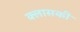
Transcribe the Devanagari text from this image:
क्लासकी